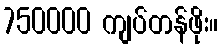
750000 ကျပ်တန်ဖိုး။